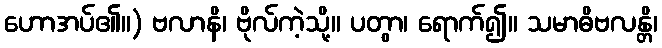
ဟောအပ်၏။) ဗလာနိ၊ ဗိုလ်ကဲ့သို့။ ပတွာ၊ ရောက်၍။ သမာဓိဗလန္တိ၊